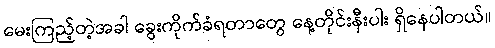
မေးကြည့်တဲ့အခါ ခွေးကိုက်ခံရတာတွေ နေ့တိုင်းနီးပါး ရှိနေပါတယ်။